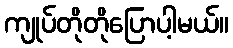
ကျုပ်တိုတိုပြောပါ့မယ်။